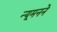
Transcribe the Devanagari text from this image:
न्यूमनने